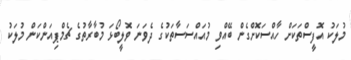
މުލަކު އޮފީސްތަކަށް ހާއްސަކޮށްގެން ބޭއްވި މުއައްސަސާތަކުގެ ދެވަނަ ވޮލީބޯޅަ މުބާރާތުގެ ޗެމްޕިއަންކަން މުލަކު